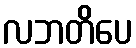
လဘတိပေ